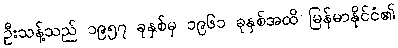
ဦးသန့်သည် ၁၉၅၇ ခုနှစ်မှ ၁၉၆၁ ခုနှစ်အထိ မြန်မာနိုင်ငံ၏